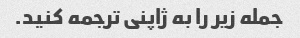
جمله زیر را به ژاپنی ترجمه کنید.